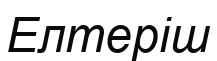
Елтеріш